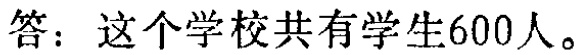
答：这个学校共有学生600人。